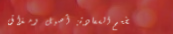
مطعم السعادة: أصيل ومذاق